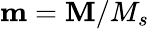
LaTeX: {\mathbf m}={\mathbf M}/M_{s}